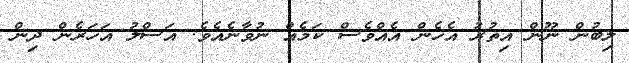
ލިބުން ނޫން އިތުރު އެހެން އެއްވެސް ކަމެއް ނުވާނެއެވެ. އަސްލު އަހަރެން ދިން